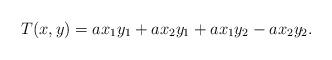
LaTeX: \begin{align*}T(x,y)=ax_{1}y_{1}+ax_{2}y_{1}+ax_{1}y_{2}-ax_{2}y_{2}. \end{align*}